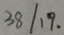
3 8 / 1 9 .